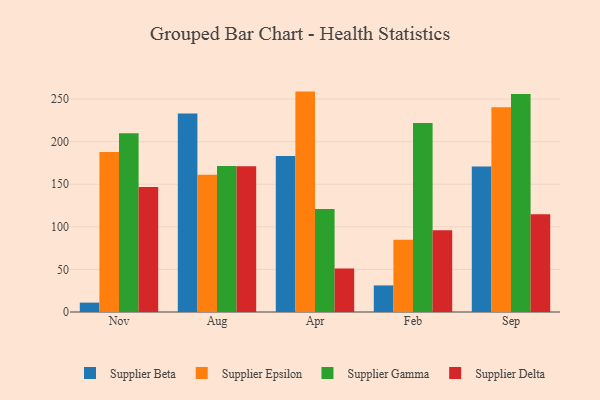
{"axis": {"x": "Month", "y": "Population (Million)"}, "legend": ["Supplier Beta", "Supplier Delta", "Supplier Epsilon", "Supplier Gamma"], "data": [{"x": "Nov", "y": 11.0, "type": "Supplier Beta"}, {"x": "Nov", "y": 187.9, "type": "Supplier Epsilon"}, {"x": "Nov", "y": 210.0, "type": "Supplier Gamma"}, {"x": "Nov", "y": 146.7, "type": "Supplier Delta"}, {"x": "Aug", "y": 233.1, "type": "Supplier Beta"}, {"x": "Aug", "y": 161.3, "type": "Supplier Epsilon"}, {"x": "Aug", "y": 171.4, "type": "Supplier Gamma"}, {"x": "Aug", "y": 171.1, "type": "Supplier Delta"}, {"x": "Apr", "y": 183.3, "type": "Supplier Beta"}, {"x": "Apr", "y": 258.8, "type": "Supplier Epsilon"}, {"x": "Apr", "y": 120.9, "type": "Supplier Gamma"}, {"x": "Apr", "y": 51.2, "type": "Supplier Delta"}, {"x": "Feb", "y": 31.2, "type": "Supplier Beta"}, {"x": "Feb", "y": 84.9, "type": "Supplier Epsilon"}, {"x": "Feb", "y": 221.8, "type": "Supplier Gamma"}, {"x": "Feb", "y": 95.9, "type": "Supplier Delta"}, {"x": "Sep", "y": 170.8, "type": "Supplier Beta"}, {"x": "Sep", "y": 240.4, "type": "Supplier Epsilon"}, {"x": "Sep", "y": 256.0, "type": "Supplier Gamma"}, {"x": "Sep", "y": 114.8, "type": "Supplier Delta"}]}